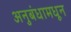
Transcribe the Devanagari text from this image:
अनुबंधामधून